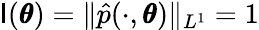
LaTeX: \mathsf{I}(\pmb\theta)=\| \hat{{p}}(\cdot,\pmb\theta)\| _{L^{1}}=1